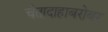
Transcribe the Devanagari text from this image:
चेतादाहाबरोबर